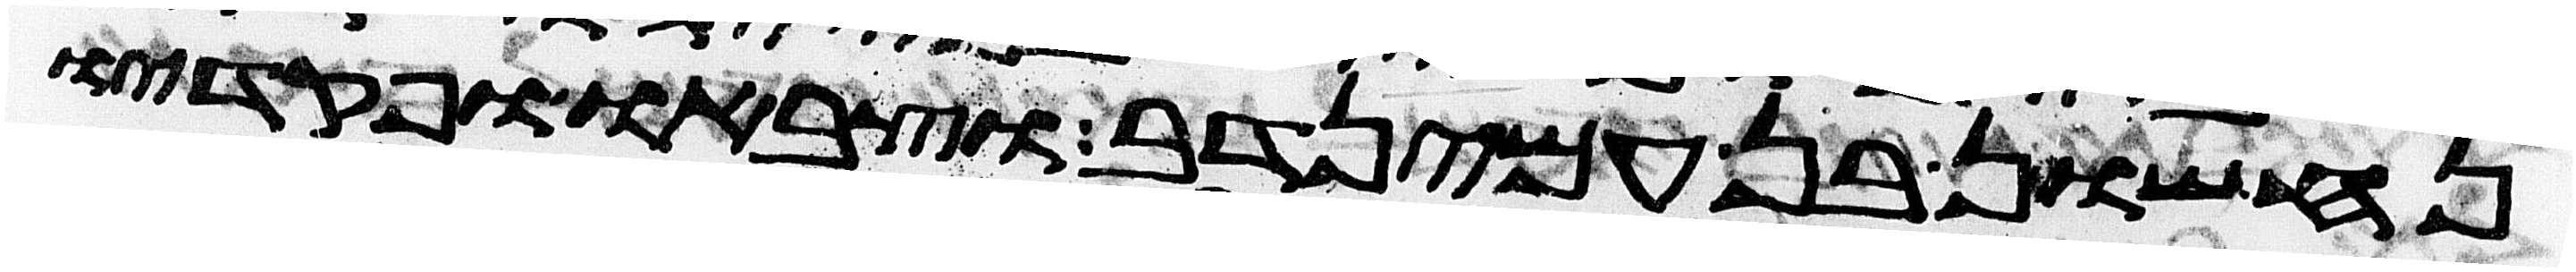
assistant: נחשון בן עמינדב וצבאו ופקדיו